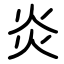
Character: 炎